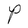
Character: P